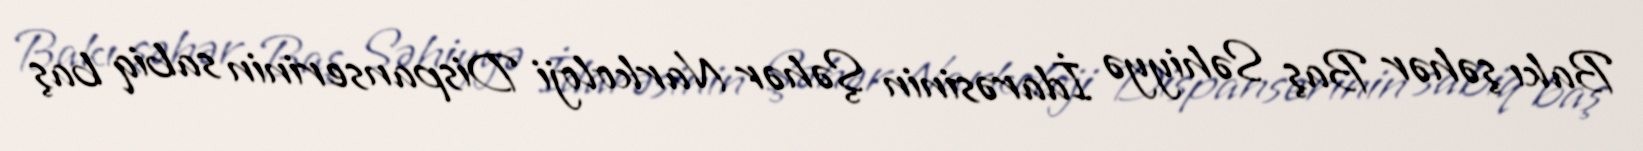
Bakı şəhər Baş Səhiyyə İdarəsinin Şəhər Narkoloji Dispanserinin sabiq baş